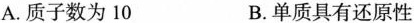
A.质子数为10 B.单质具有还原性